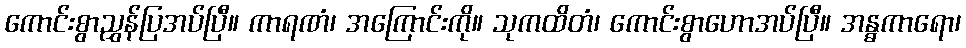
ကောင်းစွာညွှန်ပြအပ်ပြီ။ ကာရဏံ၊ အကြောင်းကို။ သုကထိတံ၊ ကောင်းစွာဟောအပ်ပြီ။ အန္ဓကာရော၊